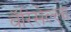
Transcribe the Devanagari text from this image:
वॅरिसेल्ला